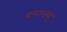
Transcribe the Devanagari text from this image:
वच्नलय्